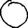
Digit: 0